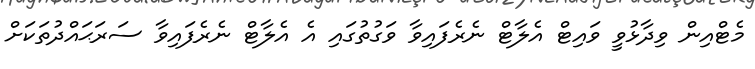
މެޓްއިން ވިދާޅުވީ ވައިޓް އެލާޓް ނެރެފައިވާ ވަގުތުގައި އެ އެލާޓް ނެރެފައިވާ ސަރަޙައްދުތަކަށް